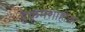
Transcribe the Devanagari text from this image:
हुकूमशाहीचा